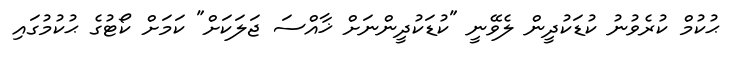
ޙުކުމް ކުރެވުނު ކުޑަކުދީން ލެވޭނީ "ކުޑަކުދީންނަށް ޚާއްސަ ޖަލަކަށް" ކަމަށް ކޯޓުގެ ޙުކުމުގައި